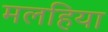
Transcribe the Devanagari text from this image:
मलहिया